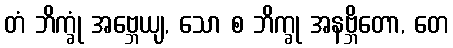
တံ ဘိက္ခုံ အဗ္ဘေယျ, သော စ ဘိက္ခု အနဗ္ဘိတော, တေ